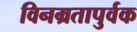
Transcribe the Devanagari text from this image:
विनम्रतापुर्वक